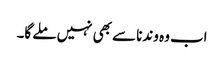
اب وہ وندنا سے بھی نہیں ملے گا۔